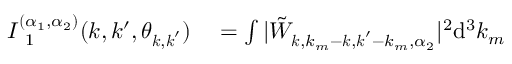
\begin{array} { r l } { I _ { \mathrm { ~ 1 ~ } } ^ { ( \alpha _ { 1 } , \alpha _ { 2 } ) } ( k , k ^ { \prime } , \theta _ { \boldsymbol { k } , \boldsymbol { k } ^ { \prime } } ) } & { { } = \int | \tilde { W } _ { \boldsymbol { k } , k _ { m } - \boldsymbol { k } , \boldsymbol { k } ^ { \prime } - k _ { m } , \alpha _ { 2 } } | ^ { 2 } \mathrm { d } ^ { 3 } k _ { m } } \end{array}